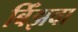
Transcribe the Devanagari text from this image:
बिँझवा